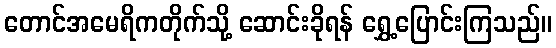
တောင်အမေရိကတိုက်သို့ ဆောင်းခိုရန် ရွှေ့ပြောင်းကြသည်။